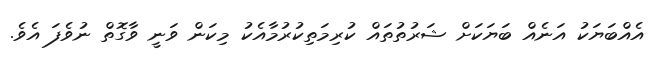
އެއްބަޔަކު އަނެއް ބަޔަކަށް ޝަރުތުތައް ކުރިމަތިކުރުމާއެކު މިކަން ވަނީ ވާގޮތް ނުވެފަ އެވެ.